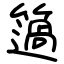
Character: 簻